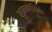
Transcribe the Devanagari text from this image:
शुक्रकोशिका